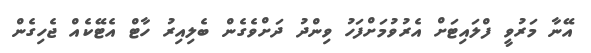
އޭނާ މަރުވީ ފްލައިޓަށް އެރުވުމަށްފަހު ވިންދު ދަށްވެގެން ބެލިއިރު ހާޓް އެޓޭކެއް ޖެހިގެން